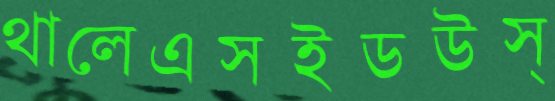
থালেএসইডউস্